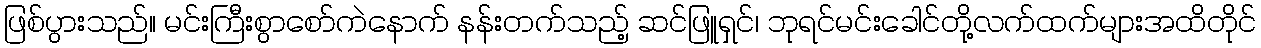
ဖြစ်ပွားသည်။ မင်းကြီးစွာစော်ကဲနောက် နန်းတက်သည့် ဆင်ဖြူရှင်၊ ဘုရင်မင်းခေါင်တို့လက်ထက်များအထိတိုင်